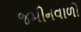
જમીનવાળો